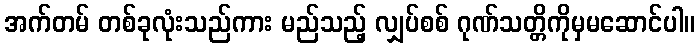
အက်တမ် တစ်ခုလုံးသည်ကား မည်သည့် လျှပ်စစ် ဂုဏ်သတ္တိကိုမှမဆောင်ပါ။